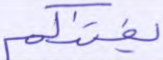
يفتنكم